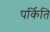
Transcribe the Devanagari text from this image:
पर्किति